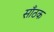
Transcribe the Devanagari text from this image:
साँठक